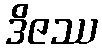
ဒိဇဿ